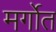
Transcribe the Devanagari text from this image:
मर्गोत